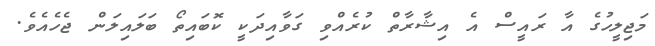
މަޖިލީހުގެ އާ ރައީސް އެ އިޝާރާތް ކުރެއްވި ގަވާއިދަކީ ކޮބައިތޯ ބަލައިލަން ޖެހެއެވެ.